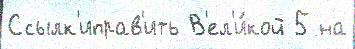
Ссылк'иправ'ить В'ел'и́кой 5 на